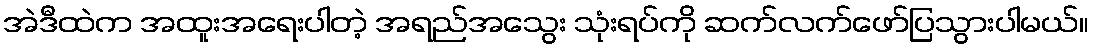
အဲဒီထဲက အထူးအရေးပါတဲ့ အရည်အသွေး သုံးရပ်ကို ဆက်လက်ဖော်ပြသွားပါမယ်။